Senior Leaving Certificate Examination (including Day School Certificate (Higher) General paper), 1949
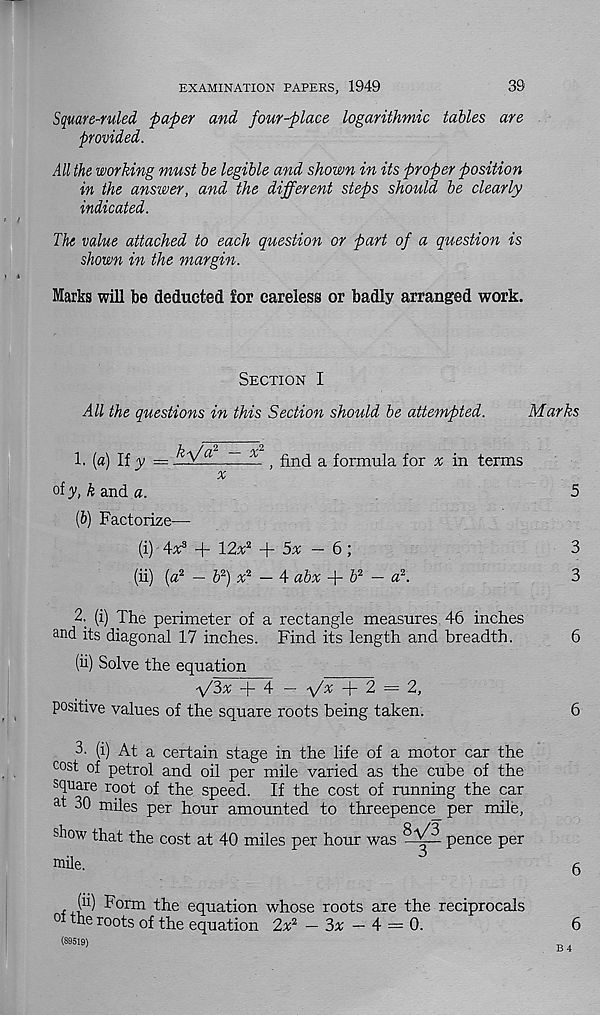
EXAMINATION PAPERS, 1949
39
Square-ruled paper and four-place logarithmic tables are
provided.
All the working must be legible and shown in its proper position
in the answer, and the different steps should be clearly
indicated.
The value attached to each question or part of a question is
shown in the margin.
Marks will be deducted for careless or badly arranged work.
Section I
All the questions in this Section should be attempted.
Marks
1. (a) If y = hlfl—Hil ) find a formula for % in terms
of y, k and a.
5
(&) Factorize—
(i) 4s 3 + 12% 2 + 5% - 6 ;
3
(ii) (a 2 - b 2 ) x 2 - 4 abx + 6 2 - a 2 .
3
2. (i) The perimeter of a rectangle measures 46 inches
and its diagonal 17 inches. Find its length and breadth.
6
(ii) Solve the equation
■ff'ix T - 4 —
% -)- 2 = 2,
positive values of the square roots being taken.
6
3- (i) At a certain stage in the life of a motor car the
cost of petrol and oil per mile varied as the cube of the
square root of the speed. If the cost of running the car
at 30 miles per hour amounted to threepence per mile,
show that the cost at 40 miles per hour was
pence per
mile.
, (i*) Form the equation whose roots are the reciprocals
0 the roots of the equation 2x 2 — 3x — 4 = 0.
(89519)
6
6
B 4